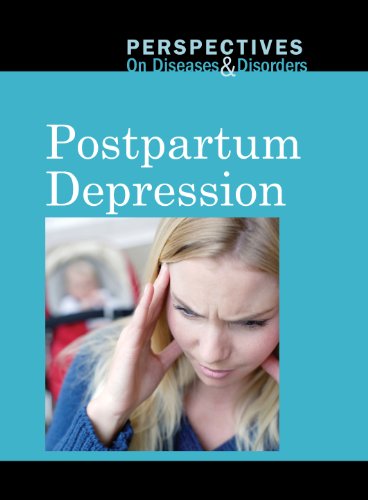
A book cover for Postpartum Depression (Perspectives on Diseases and Disorders); Jacqueline Langwith; Health, Fitness & Dieting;